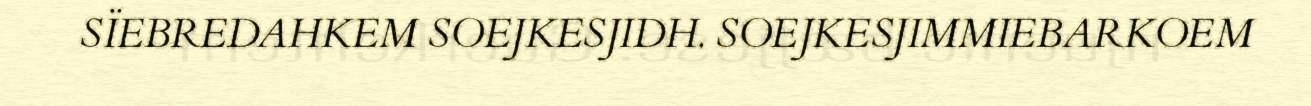
SÏEBREDAHKEM SOEJKESJIDH. SOEJKESJIMMIEBARKOEM